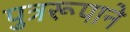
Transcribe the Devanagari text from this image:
पुत्ररूपाने